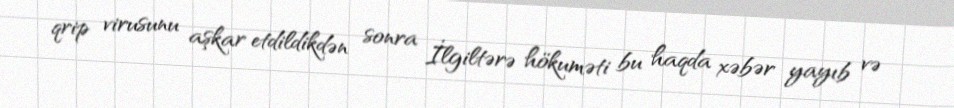
qrip virusunu aşkar etdildikdən sonra İlgiltərə hökuməti bu haqda xəbər yayıb və